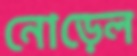
নোড়েল